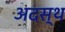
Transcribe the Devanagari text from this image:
अदस्थ